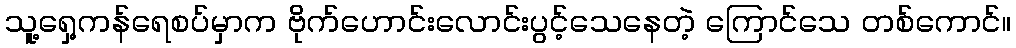
သူ့ရှေ့ကန်ရေစပ်မှာက ဗိုက်ဟောင်းလောင်းပွင့်သေနေတဲ့ ကြောင်သေ တစ်ကောင်။